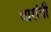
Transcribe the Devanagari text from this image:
धारांनी